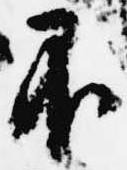
不